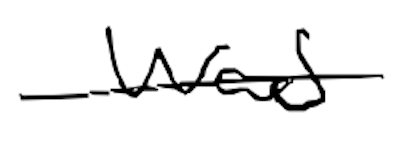
Text: was
Cross-out: single-line
Writing tool: digital_black